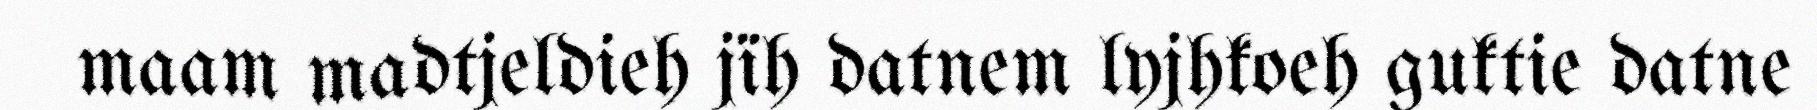
maam madtjeldieh jïh datnem lyjhkoeh guktie datne